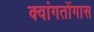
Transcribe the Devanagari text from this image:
क्वांगतोंगास